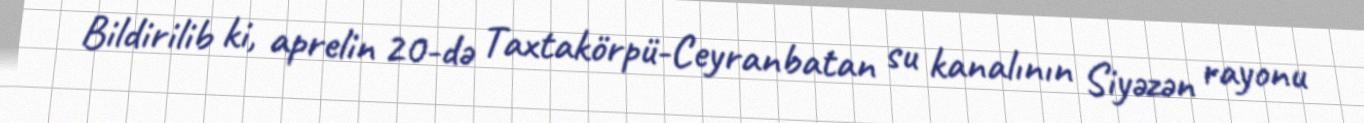
Bildirilib ki, aprelin 20-də Taxtakörpü-Ceyranbatan su kanalının Siyəzən rayonu